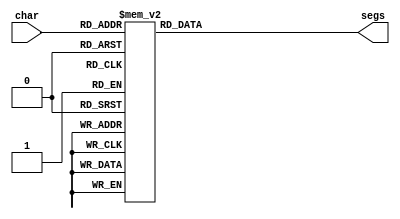
module seven_seg_13 (
    input [3:0] char,
    output reg [6:0] segs
  );
  
  
  
  always @* begin
    
    case (char)
      1'h0: begin
        segs = 7'h73;
      end
      1'h1: begin
        segs = 7'h77;
      end
      2'h2: begin
        segs = 7'h6d;
      end
      2'h3: begin
        segs = 7'h71;
      end
      3'h4: begin
        segs = 7'h06;
      end
      3'h5: begin
        segs = 7'h38;
      end
      3'h6: begin
        segs = 7'h00;
      end
      3'h7: begin
        segs = 7'h7c;
      end
      4'h8: begin
        segs = 7'h3f;
      end
      default: begin
        segs = 7'h00;
      end
    endcase
  end
endmodule